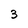
Character: 3